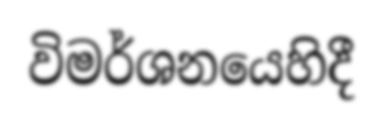
විමර්ශනයෙහිදී